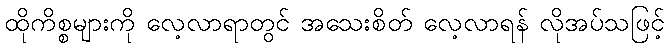
ထိုကိစ္စများကို လေ့လာရာတွင် အသေးစိတ် လေ့လာရန် လိုအပ်သဖြင့်